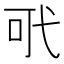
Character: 𢎄